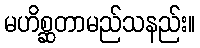
မဟိစ္ဆတာမည်သနည်း။